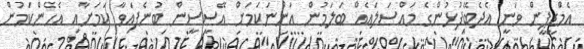
އެމްޑީޕީން ވަނީ އެދެބޭފުޅުންގެ މައްސަލައެއް ބަލަމުން އަންނަކަމަށް އޭސީސީން ބުނެފައިވާ ކަމަށާއި އެހެންކަމުން